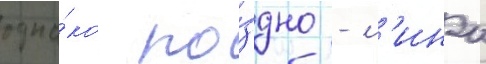
одна́ко по́здно - л'ина